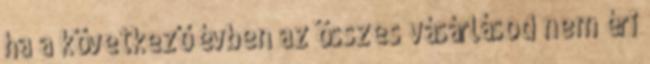
ha a következő évben az összes vásárlásod nem éri